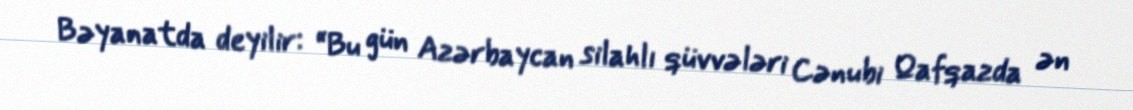
Bəyanatda deyilir: “Bu gün Azərbaycan silahlı qüvvələri Cənubi Qafqazda ən